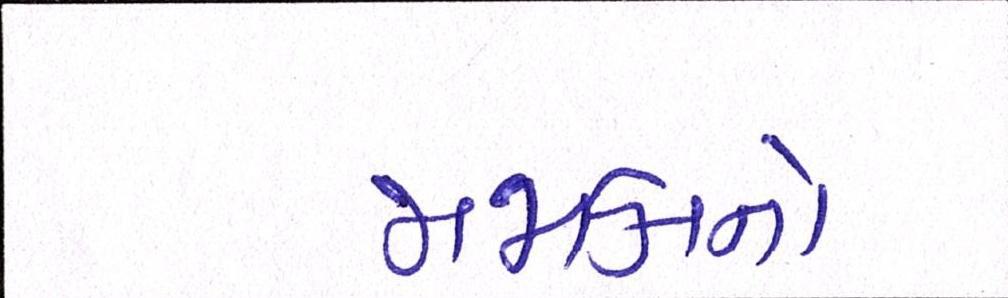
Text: જામકાનો